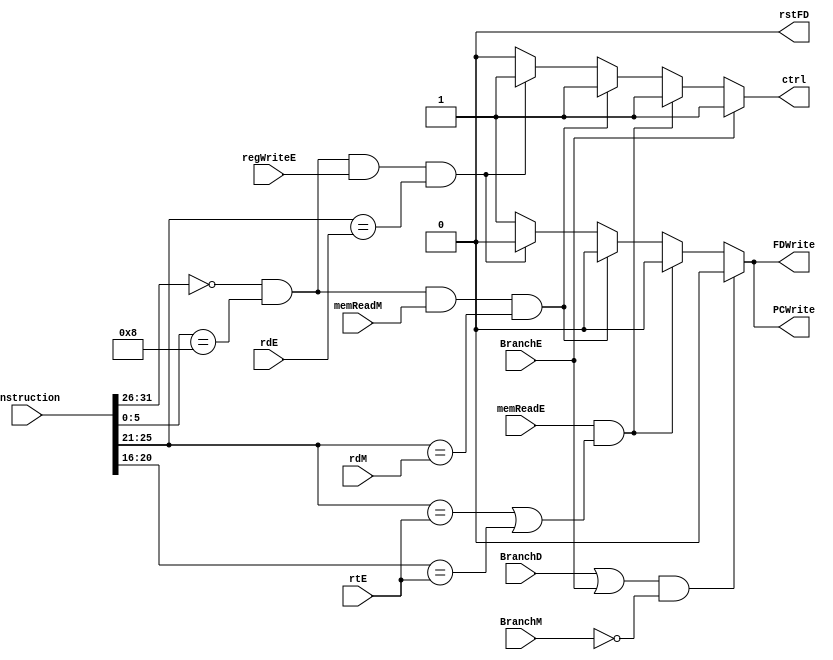
`timescale 1ns / 1ps
//////////////////////////////////////////////////////////////////////////////////
// Company: 
// Engineer: 
// 
// Design Name: 
// Module Name: hazard
// Project Name: 
// Target Devices: 
// Tool Versions: 
// Description: 
// 
// Dependencies: 
// 
// Revision:
// Revision 0.01 - File Created
// Additional Comments:
// 
//////////////////////////////////////////////////////////////////////////////////


module hazard(instruction, rdE, rtE, regWriteE, memReadE, rdM, memReadM, PCWrite, FDWrite, ctrl, rstFD, BranchD, BranchE, BranchM);

    input [31:0] instruction;
    input [4:0] rtE, rdM, rdE;
    input memReadE, memReadM, regWriteE, BranchD, BranchE, BranchM;
    
    
    output reg PCWrite, FDWrite, ctrl, rstFD;
    
    
    always @ (*) begin
        PCWrite<=1; FDWrite<=1; ctrl<=0; rstFD <= 0;
        
        // stall for inst. in E and jr in D 
       if((instruction[31:26]==0)&&(instruction[5:0]==8) && (regWriteE==1) && (instruction[25:21]==rdE))begin
            PCWrite<=0; FDWrite<=0; ctrl<=1;
        end
        // stall for lw in M and jr in D
        if((instruction[31:26]==0)&&(instruction[5:0]==8) && (memReadM==1) && (instruction[25:21]==rdM))begin
            PCWrite<=0; FDWrite<=0; ctrl<=1;
        end
        // stall for lw in E and any inst. in D
        if((memReadE == 1) && ((instruction[25:21]==rtE)||(instruction[20:16]==rtE)))begin
            PCWrite<=0; FDWrite<=0; ctrl<=1;
        end
        if((BranchD == 1 || BranchE ==1) && (!(BranchM ==1 )) ) begin
            PCWrite<=0; FDWrite<=0;
        end
        if(BranchE == 1)begin 
            ctrl<=1;
        end
        
       
         
    end
endmodule